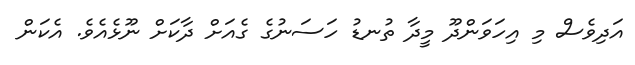
އަދިވެސް މި އިހަވަންދޫ މީދާ ތުނޑު ހަސަނުގެ ގެއަށް ދާކަށް ނޫޅެއެވެ. އެކަން